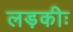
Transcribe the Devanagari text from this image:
लड़कीः